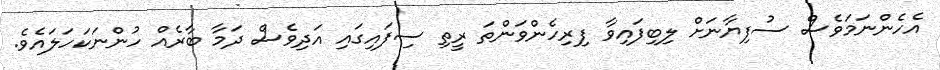
އެހެންނަމަވެސް ސުފިޔާނަށް ލިބިފައިވާ ފިރިހެންވަންތަ ރީތި ސިފައިގައި އަދިވެސް ދަމާ ބާރެއް ހުންނަކަހަލައެވެ.